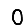
Digit: 0